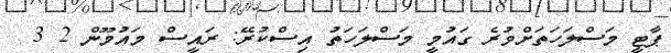
ޕާޓީ މަސްލަހަތަށްވުރެ ގައުމީ މަސްލަހަތު އިސްކުރޭ: ރައީސް މައުމޫން 2 3